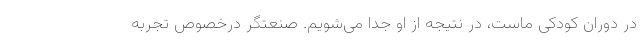
در دوران کودکی ماست، در نتیجه از او جدا می‌شویم. صنعتگر درخصوص تجربه